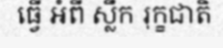
ធ្វើ អំពី ស្លឹក រុក្ខជាតិ